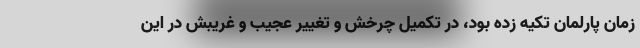
زمان پارلمان تکیه زده بود، در تکمیل چرخش و تغییر عجیب و غریبش در این